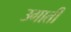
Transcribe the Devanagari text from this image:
उगाती